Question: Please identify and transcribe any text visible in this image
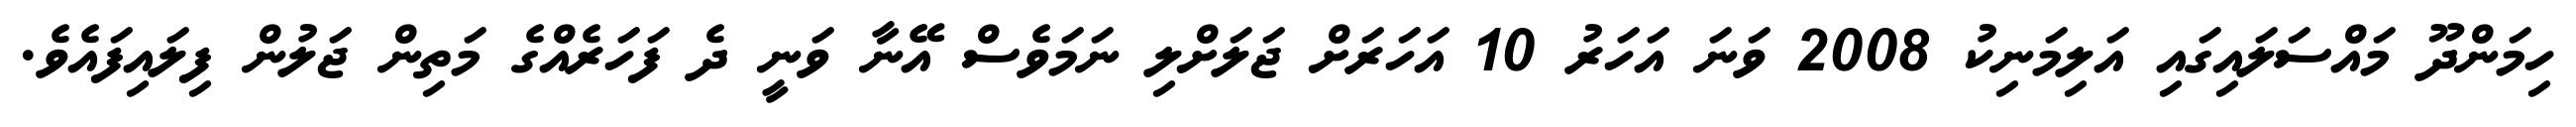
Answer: ހިމަންދޫ މައްސަލައިގައި އަލިމަނިކު 2008 ވަނަ އަހަރު 10 އަހަރަށް ޖަލަށްލި ނަމަވެސް އޭނާ ވަނީ ދެ ފަހަރެއްގެ މަތިން ޖަލުން ފިލައިފައެވެ.